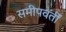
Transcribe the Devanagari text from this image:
समीपवर्तीं